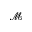
\mathcal { M }